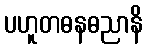
ပဟူတဓနဓညာနိ